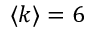
\langle k \rangle = 6